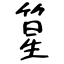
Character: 篂